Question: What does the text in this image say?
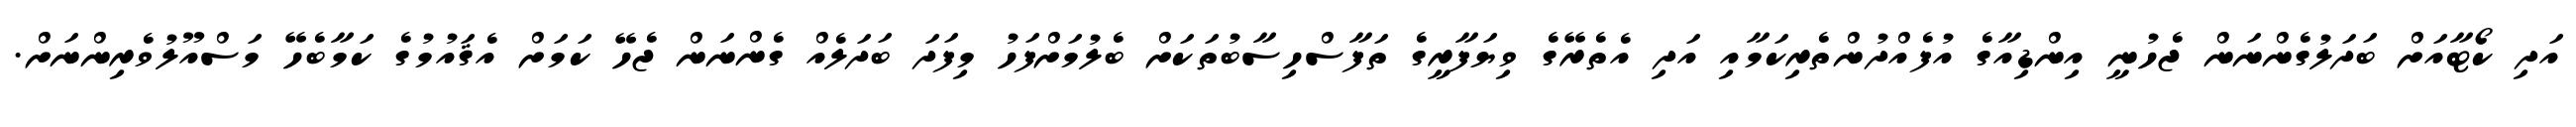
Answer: އަދި ކޯޓާއަށް ބަދަލުގެންނަން ޖެހުނީ އިންޑިއާގެ އުފެއްދުންތެރިކަމާއި އަދި އެތެރޭގެ ވިޔަފާރީގެ ތަފާސްހިސާބުތަކަށް ބެލުމަށްފަހު މިފަދަ ބަދަލެއް ގެންނަން ޖެހޭ ކަމަށް އެޤައުމުގެ ކަމާބެހޭ މަސްއޫލުވެރިންނަށް.